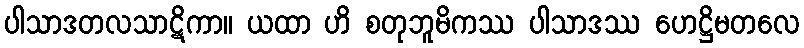
ပါသာဒတလသာဋိကာ။ ယထာ ဟိ စတုဘူမိကဿ ပါသာဒဿ ဟေဋ္ဌိမတလေ